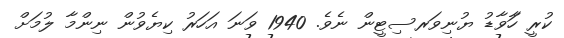
ކުރީ ހާަވާޑު ޔުނިވަރސިޓީން ނެވެ. 1940 ވަނަ އަހަރު ކިޔެވުން ނިންމާ ލުމަށް